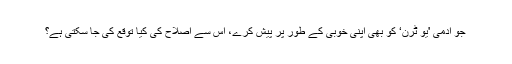
جو آدمی 'یو ٹرن‘ کو بھی اپنی خوبی کے طور پر پیش کرے، اس سے اصلاح کی کیا توقع کی جا سکتی ہے؟